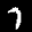
Label: 7